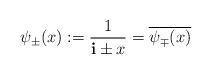
LaTeX: \begin{align*}\psi_\pm (x) := \frac{1}{\mathbf{i} \pm x} = \overline{\psi_\mp (x)}\end{align*}